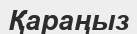
Қараңыз